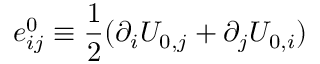
e _ { i j } ^ { 0 } \equiv \frac { 1 } { 2 } ( \partial _ { i } U _ { 0 , j } + \partial _ { j } U _ { 0 , i } )